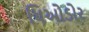
ધિઓડોર